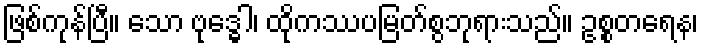
ဖြစ်ကုန်ပြီ။ သော ဗုဒ္ဓေါ၊ ထိုကဿပမြတ်စွဘုရားသည်။ ဥစ္စတရေန၊